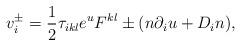
LaTeX: \begin{align*}v_i\sp\pm = \frac{1}{2}\tau_{ikl} e\sp{u} F\sp{kl}\pm (n\partial_iu +D_i n),\end{align*}